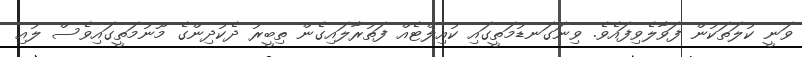
ވަނީ ކުލަތަކުން ފަވާލެވިފައެވެ. ވިނަގަނޑުމަތީގައި ކުއިލްޓެއް ފަތުރާލައިގެން ތިބީރު ދެކުދިންގެ މޫނުމަތީގައިވެސް ލުއި